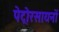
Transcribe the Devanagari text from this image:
पेट्रोरसायनों